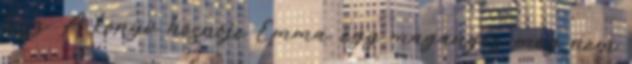
lesz. A könyv hősnője Emma, egy magányos, meg nem